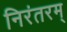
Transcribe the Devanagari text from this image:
निरंतरम्‌